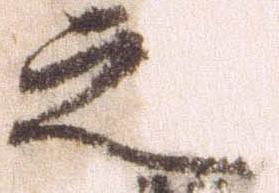
之